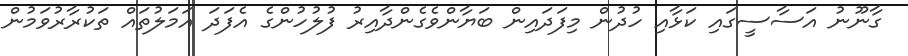
ގާނޫނު އަސާސީގައި ކަޅާއި ހުދުން މިފަދައިން ބަޔާންވެގެންދާއިރު ފުލުހުންގެ އެފަދަ އަމަލުތައް ތަކުރާރުވަމުން